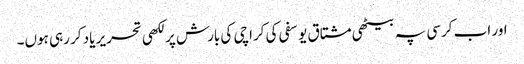
اور اب کرسی پہ بیٹھی مشتاق یوسفی کی کراچی کی بارش پر لکھی تحریر یاد کر رہی ہوں۔